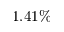
1 . 4 1 \%